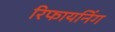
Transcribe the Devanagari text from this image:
रिफायनिंग